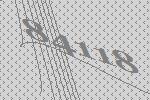
84118